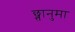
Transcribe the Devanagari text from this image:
छ्त्तानुमा